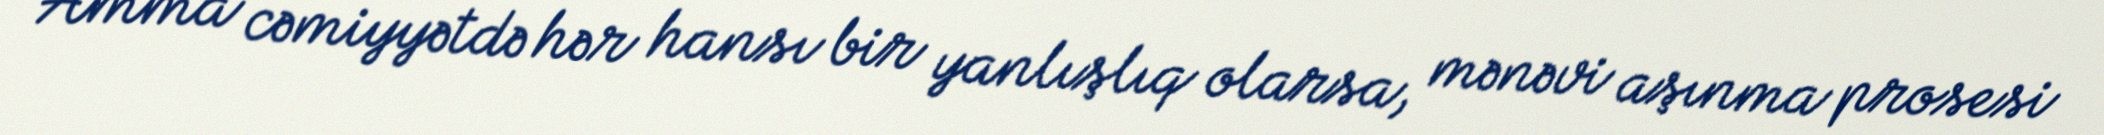
Amma cəmiyyətdə hər hansı bir yanlışlıq olarsa, mənəvi aşınma prosesi